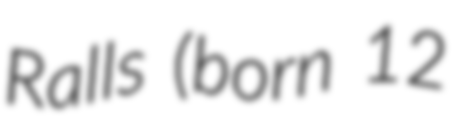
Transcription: Ralls (born 12